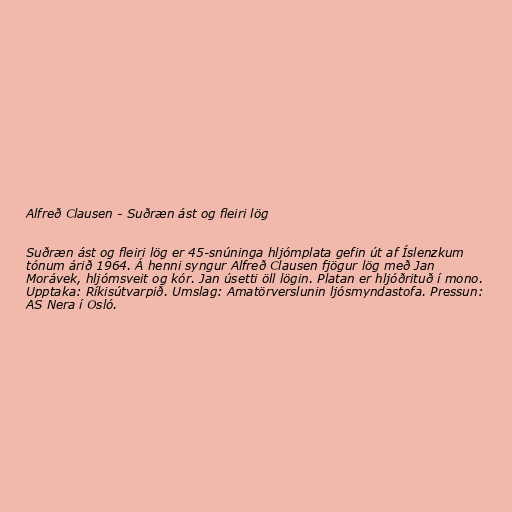
Alfreð Clausen - Suðræn ást og fleiri lög

Suðræn ást og fleiri lög er 45-snúninga hljómplata gefin út af Íslenzkum
tónum árið 1964. Á henni syngur Alfreð Clausen fjögur lög með Jan
Morávek, hljómsveit og kór. Jan úsetti öll lögin. Platan er hljóðrituð í mono.
Upptaka: Ríkisútvarpið. Umslag: Amatörverslunin ljósmyndastofa. Pressun:
AS Nera í Osló.